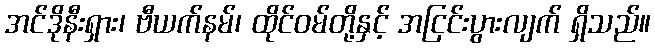
အင်ဒိုနီးရှား၊ ဗီယက်နမ်၊ ထိုင်ဝမ်တို့နှင့် အငြင်းပွားလျက် ရှိသည်။